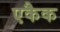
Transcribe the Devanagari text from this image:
एकैक